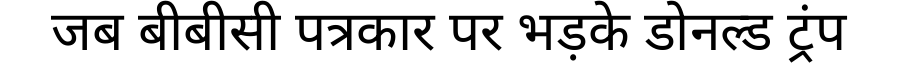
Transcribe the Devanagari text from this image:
जब बीबीसी पत्रकार पर भड़के डोनल्ड ट्रंप